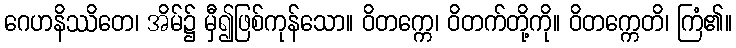
ဂေဟနိဿိတေ၊ အိမ်၌ မှီ၍ဖြစ်ကုန်သော။ ဝိတက္ကေ၊ ဝိတက်တို့ကို။ ဝိတက္ကေတိ၊ ကြံ၏။